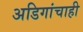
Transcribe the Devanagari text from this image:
अडिगांचाही